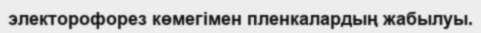
электорофорез көмегімен пленкалардың жабылуы.